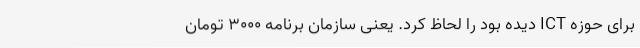
برای حوزه ICT دیده بود را لحاظ کرد. یعنی سازمان برنامه ۳۰۰۰ تومان